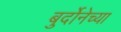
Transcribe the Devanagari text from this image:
बुर्दोनेच्या